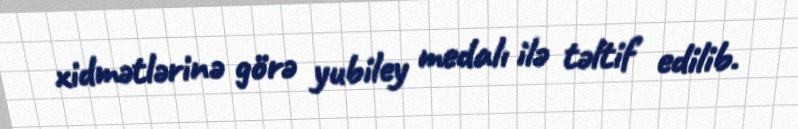
xidmətlərinə görə yubiley medalı ilə təltif edilib.